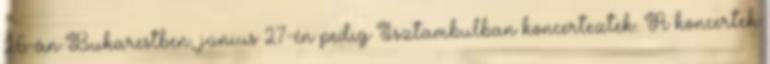
26-án Bukarestben, június 27-én pedig Isztambulban koncerteztek. A koncertek